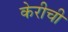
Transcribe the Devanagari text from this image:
केरीची